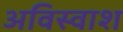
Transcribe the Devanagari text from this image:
अविस्वाश